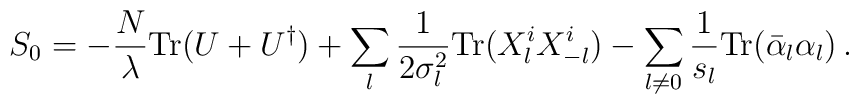
S_0 = - {N \over \lambda} {\rm Tr} (U + U^\dagger) + \sum_l {1 \over 2 \sigma_l^2}{\rm Tr} (X_l^i X_{-l}^i) - \sum_{l \not= 0} {1 \over s_l} {\rm Tr} (\bar{\alpha}_l\alpha_l)\,.